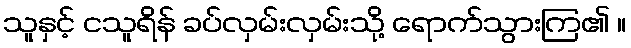
သူနှင့် ငသူရိန် ခပ်လှမ်းလှမ်းသို့ ရောက်သွားကြ၏ ။